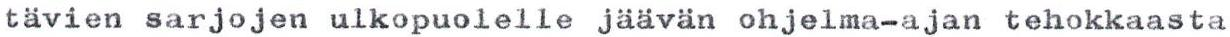
tävien sarjojen ulkopuolelle jäävän ohjelma-ajan tehokkaasta